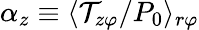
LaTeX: \alpha_{z}\equiv\langle\mathcal{T}_{z\varphi}/P_{0}\rangle_{r\varphi}